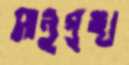
সানুপুঙ্খ